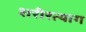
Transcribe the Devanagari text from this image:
शरीरत्याग